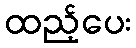
ထည့်ပေး